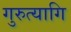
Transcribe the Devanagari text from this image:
गुरुत्यागि